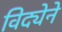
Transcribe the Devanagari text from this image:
विद्येने